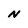
Character: N